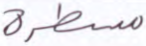
مسطرة